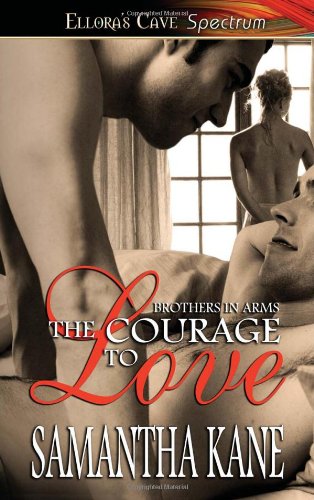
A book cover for The Courage to Love (Brothers in Arms, Book 1); Samantha Kane; Romance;